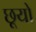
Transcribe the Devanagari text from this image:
छूयो